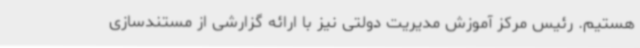
هستیم. رئیس مرکز آموزش مدیریت دولتی نیز با ارائه گزارشی از مستندسازی